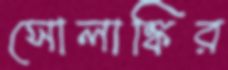
সোলাঙ্কির